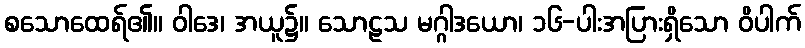
စသောထေရ်၏။ ဝါဒေ၊ အယူ၌။ သောဠသ မဂ္ဂါဒယော၊ ၁၆-ပါးအပြားရှိသော ဝိပါက်